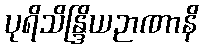
ပုရိသိန္ဒြိယဉာဏာနိ